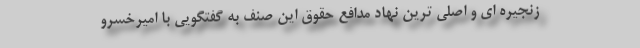
زنجیره ای و اصلی ترین نهاد مدافع حقوق این صنف به گفتگویی با امیرخسرو